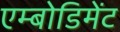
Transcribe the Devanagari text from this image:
एम्बोडिमेंट